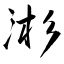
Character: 涁